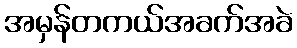
အမှန်တကယ်အခက်အခဲ